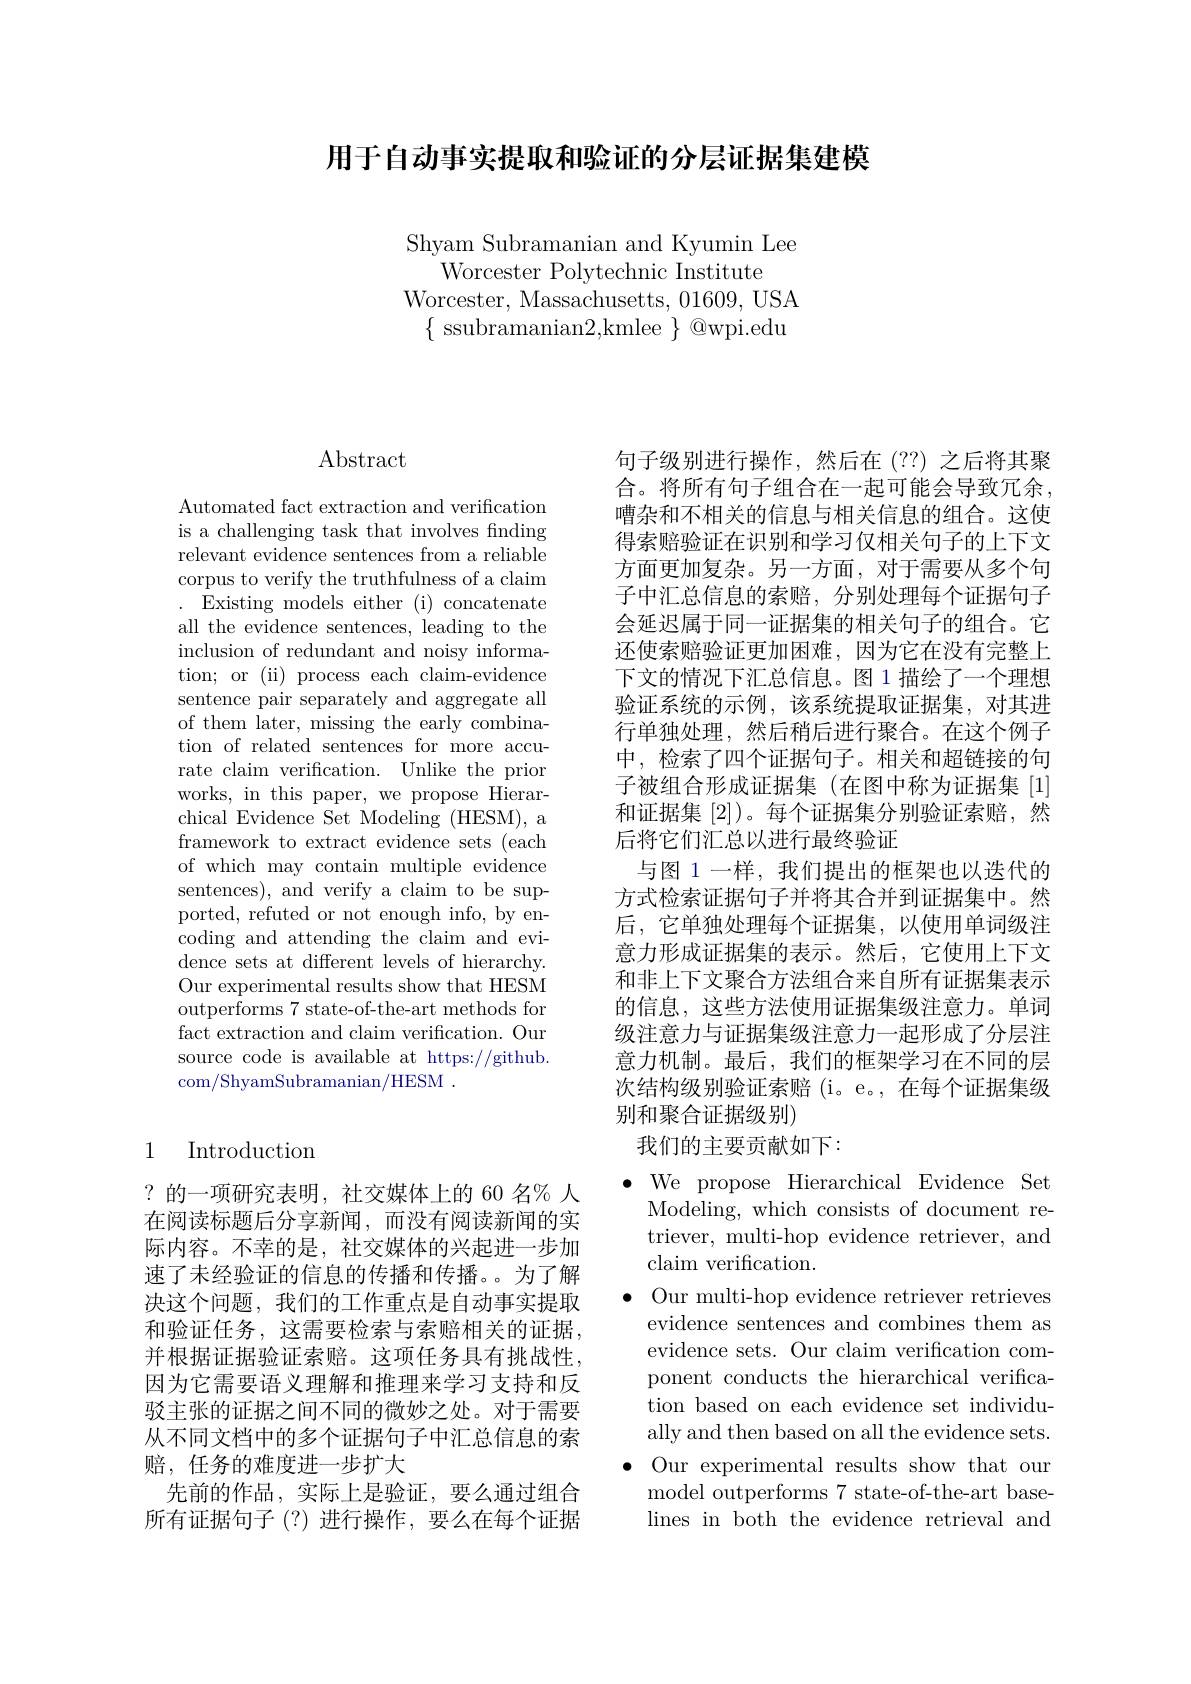
用于自动事实提取和验证的分层证据集建模

Shyam Subramanian and Kyumin Lee
Worcester Polytechnic Institute
Worcester, Massachusetts, 01609, USA
$\{{\mathrm{~ssubramanian2,kmlee~}}\}{\textcircled {Q}}$wpi.edu

# $\operatorname{Abstract}$

Automated fact extraction and verification is a challenging task that involves finding relevant evidence sentences from a reliable corpus to verify the truthfulness of a claim . Existing models either (i) concatenate all the evidence sentences, leading to the inclusion of redundant and noisy information; or (ii) process each claim-evidence sentence pair separately and aggregate all of them later, missing the early combination of related sentences for more accurate claim verification. Unlike the prior works, in this paper, we propose Hierarchical Evidence Set Modeling (HESM), a framework to extract evidence sets (each of which may contain multiple evidence sentences), and verify a claim to be supported, refuted or not enough info, by encoding and attending the claim and evidence sets at different levels of hierarchy. Our experimental results show that HESM outperforms 7 state-of-the-art methods for fact extraction and claim verification. Our source code is available at https://github. com/ShyamSubramanian/HESM .

### 1 Introduction

?的一项研究表明，社交媒体上的 60 名% 人在阅读标题后分享新闻，而没有阅读新闻的实际内容。不幸的是，社交媒体的兴起进一步加速了未经验证的信息的传播和传播。为了解决这个问题，我们的工作重点是自动事实提取和验证任务，这需要检索与索赔相关的证据， 并根据证据验证索赔。这项任务具有挑战性， 因为它需要语义理解和推理来学习支持和反驳主张的证据之间不同的微妙之处。对于需要从不同文档中的多个证据句子中汇总信息的索赔，任务的难度进一步扩大
先前的作品，实际上是验证，要么通过组合所有证据句子(?)进行操作，要么在每个证据

句子级别进行操作，然后在(??)之后将其聚合。将所有句子组合在一起可能会导致冗余， 嘈杂和不相关的信息与相关信息的组合。这使得索赔验证在识别和学习仅相关句子的上下文方面更加复杂。另一方面，对于需要从多个句子中汇总信息的索赔，分别处理每个证据句子会延迟属于同一证据集的相关句子的组合。它还使索赔验证更加困难，因为它在没有完整上下文的情况下汇总信息。图 1 描绘了一个理想验证系统的示例，该系统提取证据集，对其进行单独处理，然后稍后进行聚合。在这个例子中，检索了四个证据句子。相关和超链接的句子被组合形成证据集(在图中称为证据集[1] 和证据集[2])。每个证据集分别验证索赔，然后将它们汇总以进行最终验证
与图 1 一样，我们提出的框架也以迭代的方式检索证据句子并将其合并到证据集中。然后，它单独处理每个证据集，以使用单词级注意力形成证据集的表示。然后，它使用上下文和非上下文聚合方法组合来自所有证据集表示的信息，这些方法使用证据集级注意力。单词级注意力与证据集级注意力一起形成了分层注意力机制。最后，我们的框架学习在不同的层次结构级别验证索赔 (i。e。,在每个证据集级别和聚合证据级别)
我们的主要贡献如下：

$\bullet$ We propose Hierarchical Evidence Set
Modeling, which consists of document retriever, multi-hop evidence retriever, and claim verification.
$\bullet$ Our multi-hop evidence retriever retrieves
evidence sentences and combines them as evidence sets. Our claim verification component conducts the hierarchical verification based on each evidence set individually and then based on all the evidence sets.
$\bullet$ Our experimental results show that our
model outperforms 7 state-of-the-art baselines in both the evidence retrieval and